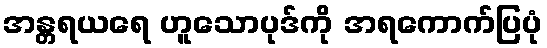
အန္တရယရေ ဟူသောပုဒ်ကို အရကောက်ပြပုံ